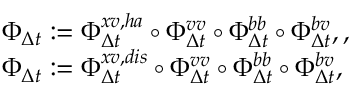
\begin{array} { r l } & { \Phi _ { \Delta t } : = \Phi _ { \Delta t } ^ { x v , h a } \circ \Phi _ { \Delta t } ^ { v v } \circ \Phi _ { \Delta t } ^ { b b } \circ \Phi _ { \Delta t } ^ { b v } , , } \\ & { \Phi _ { \Delta t } : = \Phi _ { \Delta t } ^ { x v , d i s } \circ \Phi _ { \Delta t } ^ { v v } \circ \Phi _ { \Delta t } ^ { b b } \circ \Phi _ { \Delta t } ^ { b v } , } \end{array}